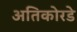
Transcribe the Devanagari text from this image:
अतिकोरडे